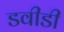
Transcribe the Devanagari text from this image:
डवीडी